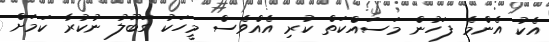
އެކު އެންމެ ފަހުން މަސައްކަތް ކުރި އެއްވެސް މީހަކު ގަބޫލު ނުކުރާ ކަމަށް